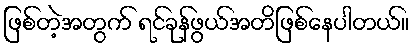
ဖြစ်တဲ့အတွက် ရင်ခုန်ဖွယ်အတိဖြစ်နေပါတယ်။